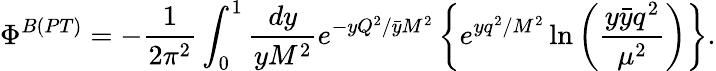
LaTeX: \Phi^{B(PT)}=-\frac{1}{2\pi^{2}}\int_{0}^{1}\frac{dy}{yM^{2}}e^{-{yQ^{2}}/{\bar{y}M^{2}}}\left\{ e^{{yq^{2}}/{M^{2}}}\ln{\left(\frac{y\bar{y}q^{2}}{\mu^{2}}\right)}\right\} .